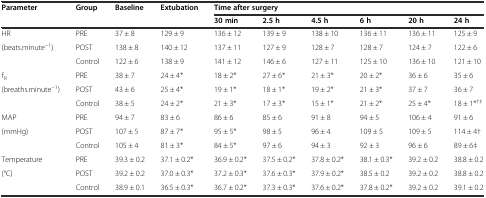
<table><thead><tr><td rowspan="2"><b>Parameter</b></td><td rowspan="2"><b>Group</b></td><td rowspan="2"><b>Baseline</b></td><td rowspan="2"><b>Extubation</b></td><td colspan="6"><b>Time after surgery</b></td></tr><tr><td><b>30 min</b></td><td><b>2.5 h</b></td><td><b>4.5 h</b></td><td><b>6 h</b></td><td><b>20 h</b></td><td><b>24 h</b></td></tr></thead><tbody><tr><td>HR</td><td>PRE</td><td>37 ± 8</td><td>129 ± 9</td><td>136 ± 12</td><td>139 ± 9</td><td>138 ± 10</td><td>136 ± 11</td><td>136 ± 11</td><td>125 ± 9</td></tr><tr><td>(beats.minute<sup>−1</sup>)</td><td>POST</td><td>138 ± 8</td><td>140 ± 12</td><td>137 ± 11</td><td>127 ± 9</td><td>128 ± 7</td><td>128 ± 7</td><td>124 ± 7</td><td>122 ± 6</td></tr><tr><td></td><td>Control</td><td>122 ± 6</td><td>138 ± 9</td><td>141 ± 12</td><td>146 ± 6</td><td>127 ± 11</td><td>125 ± 10</td><td>136 ± 10</td><td>121 ± 10</td></tr><tr><td>f<sub>R</sub></td><td>PRE</td><td>38 ± 7</td><td>24 ± 4*</td><td>18 ± 2*</td><td>27 ± 6*</td><td>21 ± 3*</td><td>20 ± 2*</td><td>36 ± 6</td><td>35 ± 6</td></tr><tr><td>(breaths.minute<sup>−1</sup>)</td><td>POST</td><td>43 ± 6</td><td>25 ± 4*</td><td>19 ± 1*</td><td>18 ± 1*</td><td>19 ± 2*</td><td>21 ± 3*</td><td>37 ± 7</td><td>36 ± 7</td></tr><tr><td></td><td>Control</td><td>38 ± 5</td><td>24 ± 2*</td><td>21 ± 3*</td><td>17 ± 3*</td><td>15 ± 1*</td><td>21 ± 2*</td><td>25 ± 4*</td><td>18 ± 1*<sup>†‡</sup></td></tr><tr><td>MAP</td><td>PRE</td><td>94 ± 7</td><td>83 ± 6</td><td>86 ± 6</td><td>85 ± 6</td><td>91 ± 8</td><td>94 ± 5</td><td>106 ± 4</td><td>91 ± 6</td></tr><tr><td>(mmHg)</td><td>POST</td><td>107 ± 5</td><td>87 ± 7*</td><td>95 ± 5*</td><td>98 ± 5</td><td>96 ± 4</td><td>109 ± 5</td><td>109 ± 5</td><td>114 ± 4†</td></tr><tr><td></td><td>Control</td><td>105 ± 4</td><td>81 ± 3*</td><td>84 ± 5*</td><td>97 ± 6</td><td>94 ± 3</td><td>92 ± 3</td><td>96 ± 6</td><td>89 ± 6‡</td></tr><tr><td>Temperature</td><td>PRE</td><td>39.3 ± 0.2</td><td>37.1 ± 0.2*</td><td>36.9 ± 0.2*</td><td>37.5 ± 0.2*</td><td>37.8 ± 0.2*</td><td>38.1 ± 0.3*</td><td>39.2 ± 0.2</td><td>38.8 ± 0.2</td></tr><tr><td>(°C)</td><td>POST</td><td>39.2 ± 0.2</td><td>37.0 ± 0.3*</td><td>37.2 ± 0.3*</td><td>37.6 ± 0.3*</td><td>37.9 ± 0.2*</td><td>38.5 ± 0.2</td><td>39.2 ± 0.2</td><td>38.8 ± 0.2</td></tr><tr><td></td><td>Control</td><td>38.9 ± 0.1</td><td>36.5 ± 0.3*</td><td>36.7 ± 0.2*</td><td>37.3 ± 0.3*</td><td>37.6 ± 0.2*</td><td>37.8 ± 0.2*</td><td>39.2 ± 0.2</td><td>39.1 ± 0.2</td></tr></tbody></table>